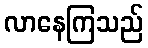
လာနေကြသည်